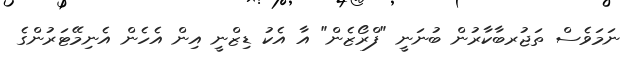
ނަމަވެސް ތަޖުރބާކާރުން ބުނަނީ "ފްރޯޒެން" އާ އެކު ޑިޒްނީ އިން އެހެން އެނިމޭޓަރުންގެ